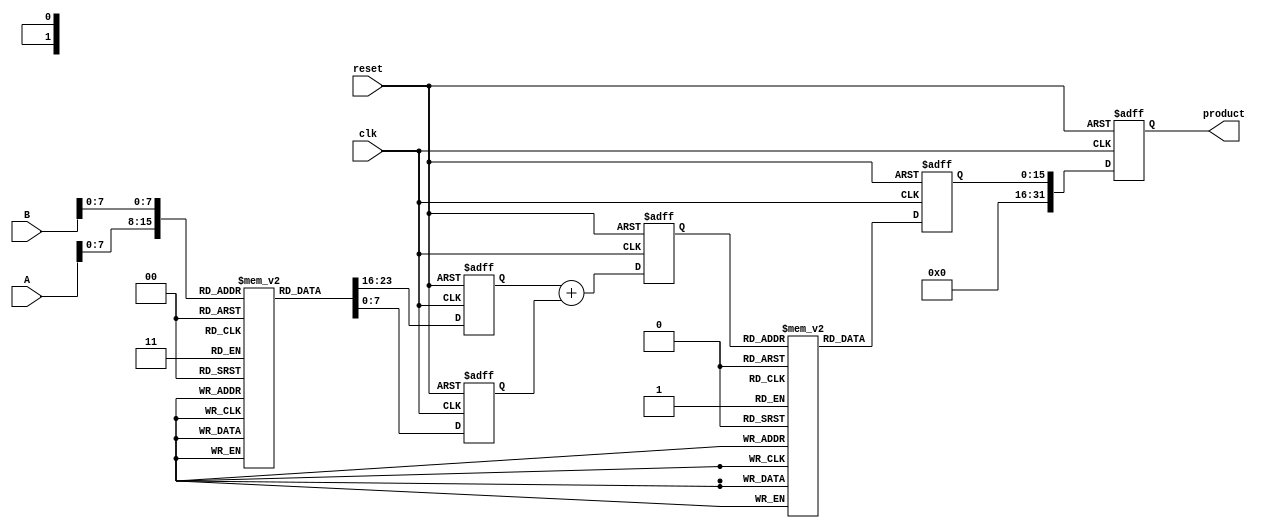
module LogarithmicMultiplier (
    input [15:0] A, // Input operand A
    input [15:0] B, // Input operand B
    output reg [31:0] product, // Output product
    input clk, // Clock signal
    input reset // Reset signal
);

    // Logarithm and exponential LUTs (for demonstration purposes)
    reg [15:0] log_lut [0:255]; // Logarithm LUT
    reg [15:0] exp_lut [0:255]; // Exponential LUT

    // Initialize LUTs (this should be done in a separate initialization block)
    initial begin
        // Populate log_lut and exp_lut with appropriate values
        // Example: log_lut[0] = 0, log_lut[1] = 0, log_lut[2] = 1, ...
        // Example: exp_lut[0] = 1, exp_lut[1] = 2, exp_lut[2] = 4, ...
    end

    // Internal signals
    reg [15:0] logA, logB; // Logarithmic values
    reg [15:0] sum; // Sum of logarithmic values
    reg [15:0] expResult; // Exponential result

    // Logarithm calculation
    always @(posedge clk or posedge reset) begin
        if (reset) begin
            logA <= 0;
            logB <= 0;
            sum <= 0;
            expResult <= 0;
            product <= 0;
        end else begin
            // Assuming A and B are in the range [1, 256)
            logA <= log_lut[A[7:0]]; // Use lower 8 bits for LUT indexing
            logB <= log_lut[B[7:0]];
            
            // Addition of logarithmic values
            sum <= logA + logB;

            // Exponential calculation
            expResult <= exp_lut[sum[7:0]]; // Use lower 8 bits for LUT indexing
            
            // Output the product
            product <= expResult;
        end
    end

endmodule